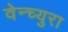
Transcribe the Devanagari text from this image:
वेन्च्युरा